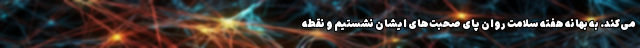
می‌کند. به بهانه هفته سلامت روان پای صحبت‌های ایشان نشستیم و نقطه